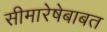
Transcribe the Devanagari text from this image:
सीमारेषेबाबत